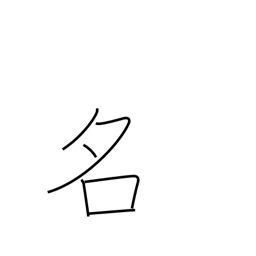
Meaning: noted